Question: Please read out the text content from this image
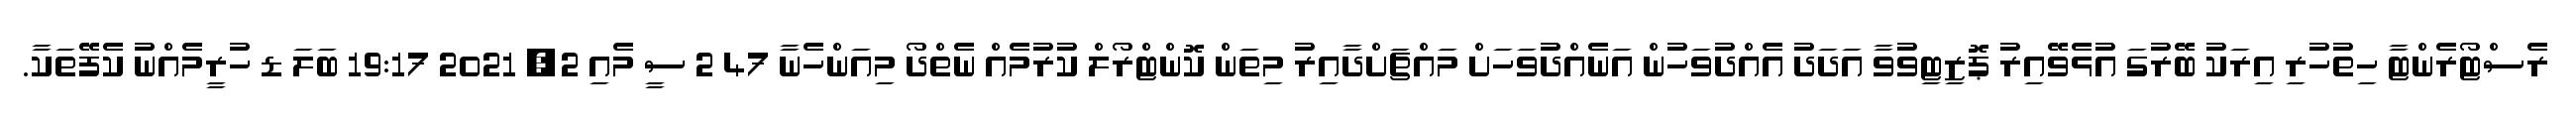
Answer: ރެސްޓޯރެންޓާ ހިތުހުރި އިރަކު ބޭރުގަ އުޅެވޭއިރު ޕޮޒިޓިވުވާ އަދަދު އެއްދުވަހުން އަނެއްދުވަހަށް މައްޗަށްދާއިރު މިތަން ކޮންޓްރޯލް ކުރުމެއް ނެތްދޯ މިއަންހެނާ 47 2 ސީ މެއި 2, 2021 19:17 ބަލަ ޑ ހުރީމެއްނު ކެފޭތަކާ.